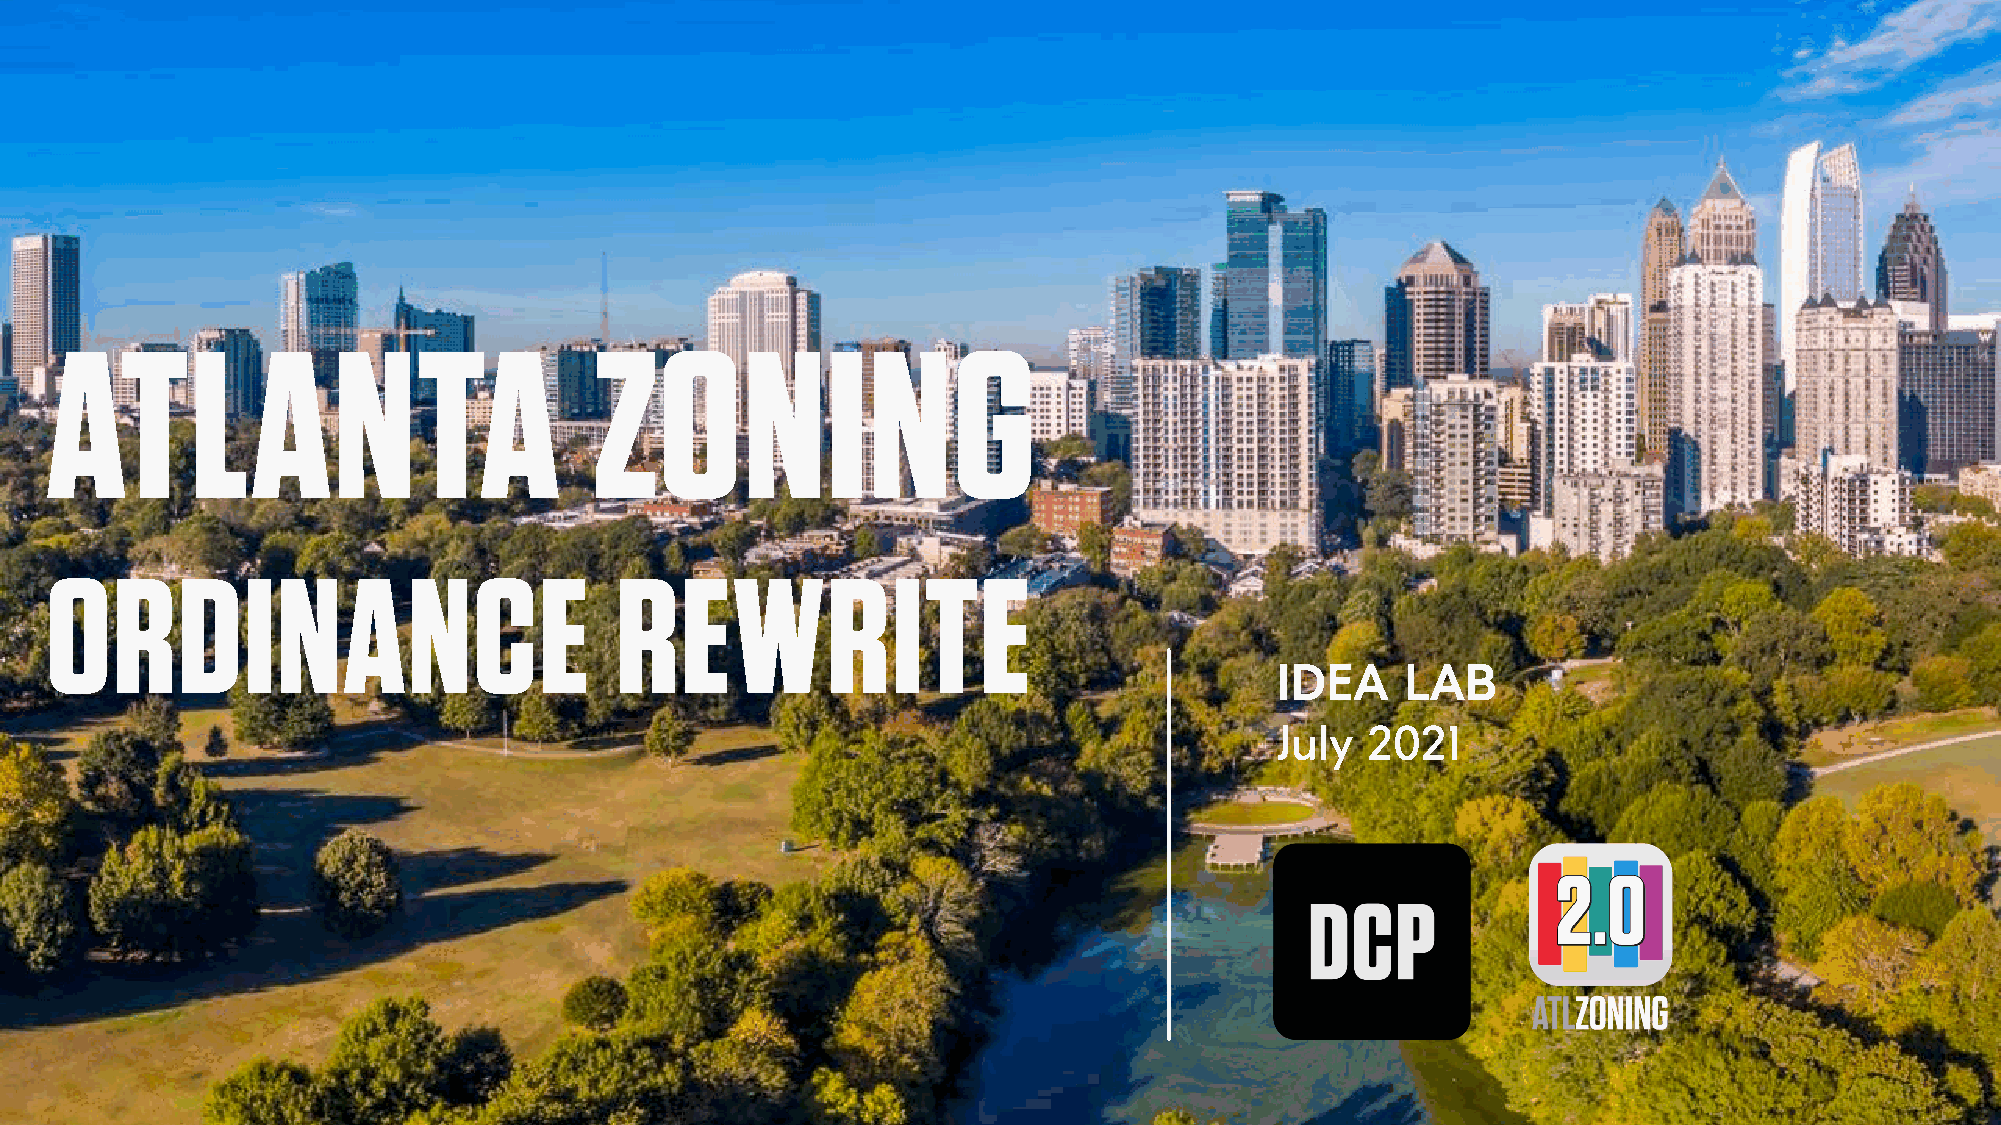
ATLANTA                             ZONING
 ORDINANCE                             REWRITE
 IDEA    LAB
 July  2021